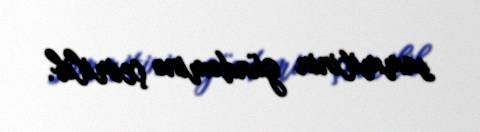
sammitinin gündəminə çevrilib.